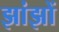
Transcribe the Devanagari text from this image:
झांझों